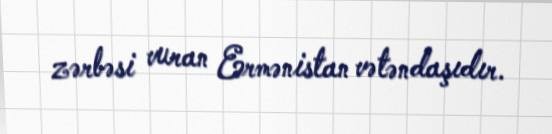
zərbəsi vuran Ermənistan vətəndaşıdır.